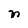
Character: n